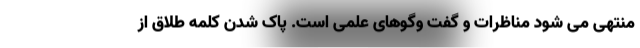
منتهی می شود مناظرات و گفت وگوهای علمی است. پاک شدن کلمه طلاق از